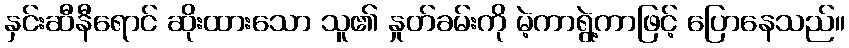
နှင်းဆီနီရောင် ဆိုးထားသော သူ၏ နှုတ်ခမ်းကို မဲ့ကာရွဲ့ကာဖြင့် ပြောနေသည်။